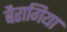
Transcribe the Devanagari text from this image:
बैरागिया